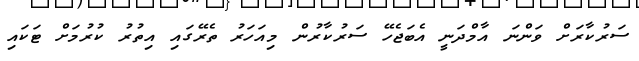
ސަރުކާރަށް ވަންނަ އާމްދަނީ އެބަޖެހޭ ސަރުކާރުން މިއަހަރު ތެރޭގައި އިތުރު ކުރުމަށް ޓަކައި